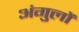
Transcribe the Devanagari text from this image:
अंगुलों